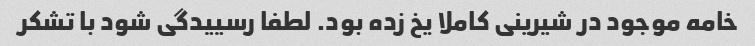
خامه موجود در شیرینی کاملا یخ زده بود. لطفا رسییدگی شود با تشکر